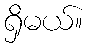
ရှိမယ်။